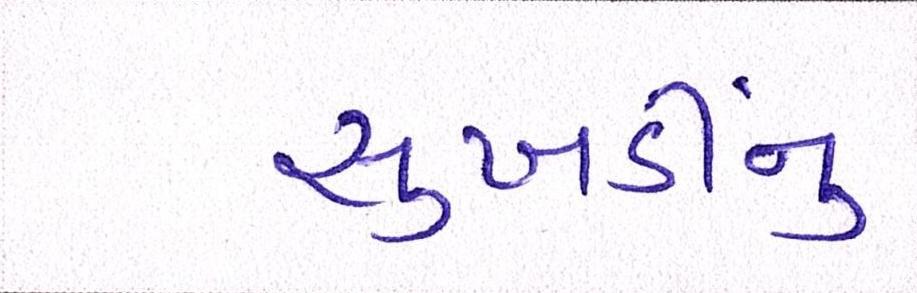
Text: સુખડીનું